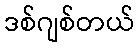
ဒစ်ဂျစ်တယ်